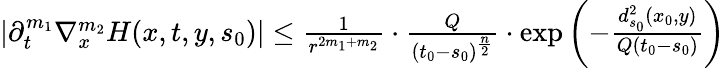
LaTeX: \begin{array}{r}{|\partial_{t}^{m_{1}}\nabla_{x}^{m_{2}}H(x,t,y,s_{0})|\le\frac{1}{r^{2m_{1}+m_{2}}}\cdot\frac{Q}{(t_{0}-s_{0})^{\frac n2}}\cdot\exp\left(-\frac{d_{s_{0}}^{2}(x_{0},y)}{Q(t_{0}-s_{0})}\right)}\end{array}